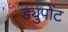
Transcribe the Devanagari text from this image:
ड्युपोंट